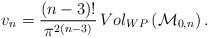
LaTeX: \begin{align*}v_n =\frac{(n-3)!}{\pi^{2(n-3)}} \,Vol_{WP}\left({\cal M}_{0,n}\right).\end{align*}